Vaccination in Bombay 1856-1862 - 1856-1862
Year: 1856
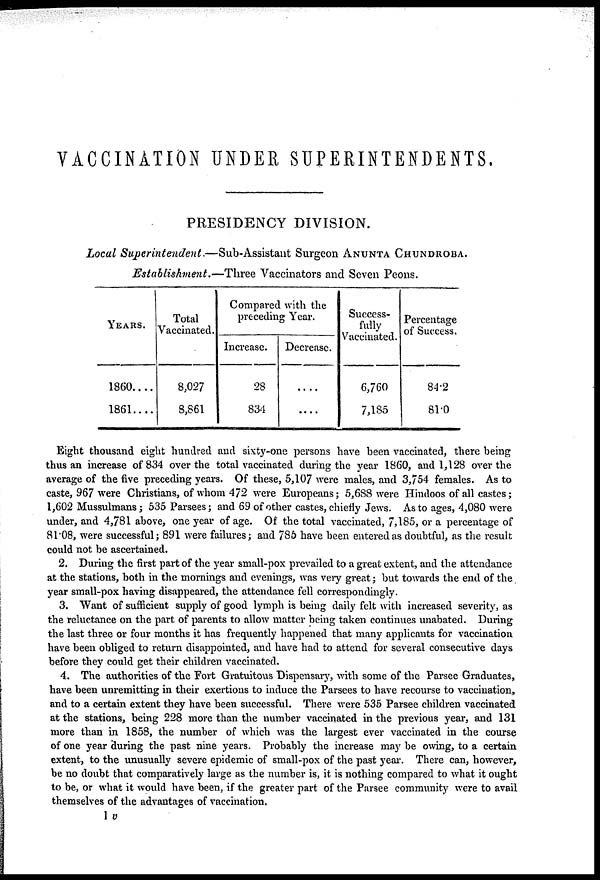
VACCINATION UNDER SUPERINTENDENTS.
PRESIDENCY DIVISION.
Local Superintendent.—Sub-Assistant
Surgeon ANUNTA CHUNDROBA.
Establishment.—Three Vaccinators and Seven Peons.
YEARS.
1860....
1861....
Total
Vaccinated.
8,027
8,861
Compared with the
preceding Year.
Increase.
28
834
Decrease.
....
....
Success-
fully
Vaccinated.
6,760
7,185
Percentage
of Success.
84.2
81.0
Eight thousand eight hundred and sixty-one persons have been vaccinated, there being
thus an increase of 834 over the total vaccinated during the year 1860, and 1,128 over the
average of the five preceding years. Of these, 5,107 were males, and 3,754 females. As to
caste, 967 were Christians, of whom 472 were Europeans; 5,688 were Hindoos of all castes;
1,602 Mussulmans; 535 Parsees; and 69 of other castes, chiefly Jews. As to ages, 4,080 were
under, and 4,781 above, one year of age. Of the total vaccinated, 7,185, or a percentage of
81.08, were successful; 891 were failures; and 785 have been entered as doubtful, as the result
could not be ascertained.
2. During the first part of the year small-pox prevailed to a great extent, and the attendance
at the stations, both in the mornings and evenings, was very great; but towards the end of the
year small-pox having disappeared, the attendance fell correspondingly.
3. Want of sufficient supply of good lymph is being daily felt with increased severity, as
the reluctance on the part of parents to allow matter being taken continues unabated. During
the last three or four months it has frequently happened that many applicants for vaccination
have been obliged to return disappointed, and have had to attend for several consecutive days
before they could get their children vaccinated.
4. The authorities of the Fort Gratuitous Dispensary, with some of the Parsee Graduates,
have been unremitting in their exertions to induce the Parsees to have recourse to vaccination,
and to a certain extent they have been successful. There were 535 Parsee children vaccinated
at the stations, being 228 more than the number vaccinated in the previous year, and 131
more than in 1858, the number of which was the largest ever vaccinated in the course
of one year during the past nine years. Probably the increase may be owing, to a certain
extent, to the unusually severe epidemic of small-pox of the past year. There can, however,
be no doubt that comparatively large as the number is, it is nothing compared to what it ought
to be, or what it would have been, if the greater part of the Parsee community were to avail
themselves of the advantages of vaccination.
1 v